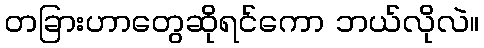
တခြားဟာတွေဆိုရင်ကော ဘယ်လိုလဲ။